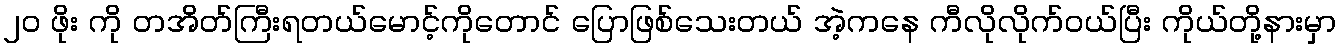
၂၀ ဖိုး ကို တအိတ်ကြီးရတယ်မောင့်ကိုတောင် ပြောဖြစ်သေးတယ် အဲ့ကနေ ကီလိုလိုက်ဝယ်ပြီး ကိုယ်တို့နားမှာ